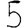
Digit: 5